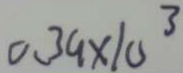
0 . 3 9 \times 1 0 ^ { 3 }